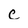
Character: C